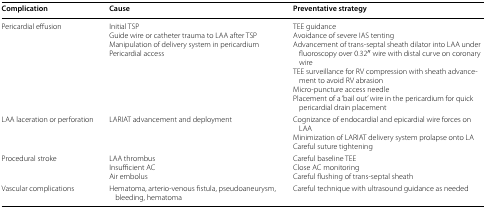
<table><thead><tr><td><b>Complication</b></td><td><b>Cause</b></td><td><b>Preventative strategy</b></td></tr></thead><tbody><tr><td>Pericardial effusion</td><td>Initial TSPGuide wire or catheter trauma to LAA after TSPManipulation of delivery system in pericardiumPericardial access</td><td>TEE guidanceAvoidance of severe IAS tentingAdvancement of trans-septal sheath dilator into LAA under fluoroscopy over 0.32′′ wire with distal curve on coronary wireTEE surveillance for RV compression with sheath advancement to avoid RV abrasionMicro-puncture access needlePlacement of a ‘bail out’ wire in the pericardium for quick pericardial drain placement</td></tr><tr><td>LAA laceration or perforation</td><td>LARIAT advancement and deployment</td><td>Cognizance of endocardial and epicardial wire forces on LAAMinimization of LARIAT delivery system prolapse onto LACareful suture tightening</td></tr><tr><td>Procedural stroke</td><td>LAA thrombusInsufficient ACAir embolus</td><td>Careful baseline TEEClose AC monitoringCareful flushing of trans-septal sheath</td></tr><tr><td>Vascular complications</td><td>Hematoma, arterio-venous fistula, pseudoaneurysm, bleeding, hematoma</td><td>Careful technique with ultrasound guidance as needed</td></tr></tbody></table>